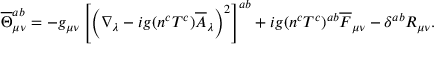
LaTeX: \overline { { { \Theta } } } _ { \mu \nu } ^ { a b } = - g _ { \mu \nu } \left[ \left( \nabla _ { \lambda } - i g ( n ^ { c } T ^ { c } ) \overline { { { A } } } _ { \lambda } \right) ^ { 2 } \right] ^ { a b } + i g ( n ^ { c } T ^ { c } ) ^ { a b } \overline { { { F } } } _ { \mu \nu } - \delta ^ { a b } R _ { \mu \nu } .